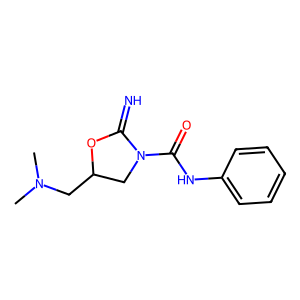
SMILES: CN(C)CC1CN(C(=O)Nc2ccccc2)C(=N)O1
Inhibits HIV replication: No